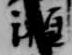
瀬